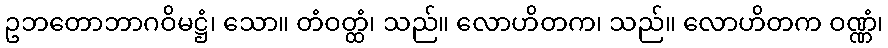
ဥဘတောဘာဂဝိမဋ္ဌံ၊ သော။ တံဝတ္ထံ၊ သည်။ လောဟိတက၊ သည်။ လောဟိတက ဝဏ္ဏံ၊